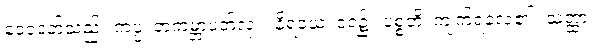
ဒေဝဒတ်သည်။ ကပ္ပံ၊ တကမ္ဘာပတ်လုံး။ နိရယေ၊ ငရဲ၌။ ပစ္စတိ၊ ကျက်ရလေ၏။ သတ္ထာ၊